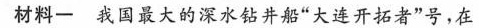
材料一 我国最大的深水钻井船”大连开拓者”号，在